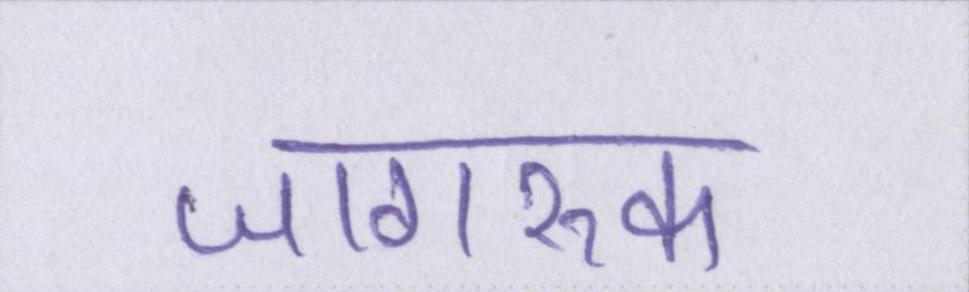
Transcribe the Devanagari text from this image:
जागरूक